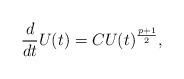
LaTeX: \begin{align*}\frac d {dt} U(t) = C U(t)^{\frac {p+1} 2},\end{align*}